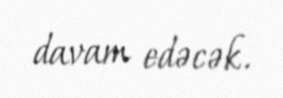
davam edəcək.